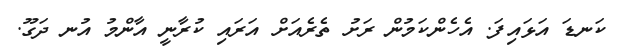
ކަނޑަ އަޅައިފަ. އެހެންކަމުން ރަށު ތެރެއަށް އަރައި ކުރާނީ އާންމު އުނ ދަގޫ.